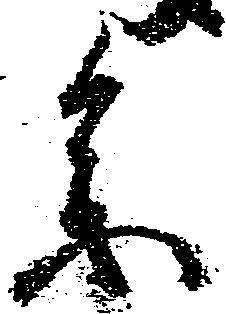
参